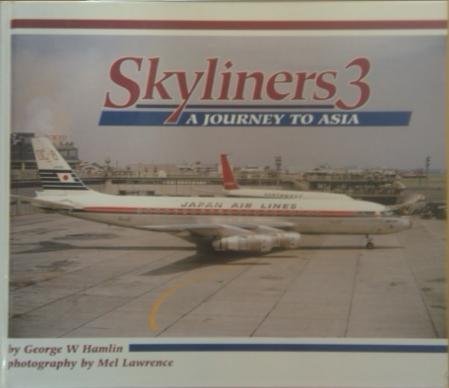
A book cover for Skyliners 3: A Journey to Asia; George W. Hamlin; Arts & Photography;